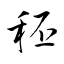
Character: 秠